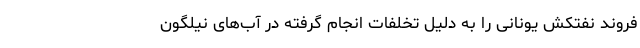
فروند نفتکش یونانی را به دلیل تخلفات انجام گرفته در آب‌های نیلگون